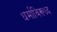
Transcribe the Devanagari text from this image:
धर्माविरूध्द